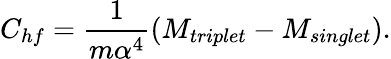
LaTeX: C_{hf}=\frac{1}{m\alpha^{4}}\left(M_{triplet}-M_{singlet}\right).